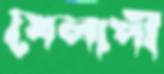
খেলাপী